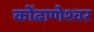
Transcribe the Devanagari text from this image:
कोंढाणेश्वर